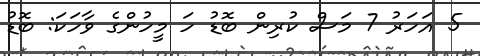
5 އަހަރު 7 މަސް ކުރިން ބޮޑު ހަ މީހުންގެ ވާހަކަ: ބޮޑު